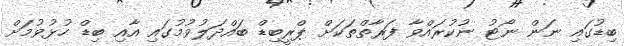
ބިޑުގައި ނަން ނޯޓު ނުކުރައްވާ ފަރާތްތަކަށް ޕްރީބިޑް ބައްދަލުވުމުގައި އާއި ބިޑް ހުޅުވުމަށް